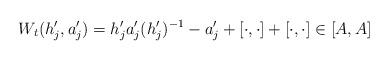
LaTeX: \begin{align*}W_t(h_j',a_j')=h_j'a_j'(h_j')^{-1}-a_j'+[\cdot,\cdot]+[\cdot,\cdot]\in [A,A]\end{align*}